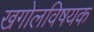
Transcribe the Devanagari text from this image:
खगोलविषयक